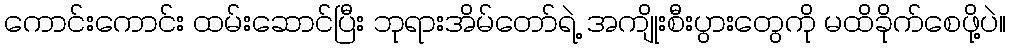
ကောင်းကောင်း ထမ်းဆောင်ပြီး ဘုရားအိမ်တော်ရဲ့ အကျိုးစီးပွားတွေကို မထိခိုက်စေဖို့ပဲ။